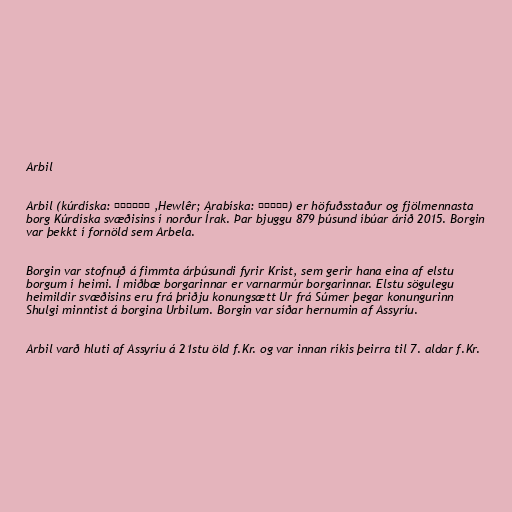
Arbil

Arbil (kúrdíska: ھەولێر ,Hewlêr; Arabíska: أربيل‎) er höfuðsstaður og fjölmennasta
borg Kúrdíska svæðisins í norður Írak. Þar bjuggu 879 þúsund íbúar árið 2015. Borgin
var þekkt í fornöld sem Arbela.

Borgin var stofnuð á fimmta árþúsundi fyrir Krist, sem gerir hana eina af elstu
borgum í heimi. Í miðbæ borgarinnar er varnarmúr borgarinnar. Elstu sögulegu
heimildir svæðisins eru frá þriðju konungsætt Ur frá Súmer þegar konungurinn
Shulgi minntist á borgina Urbilum. Borgin var síðar hernumin af Assyríu.

Arbil varð hluti af Assyríu á 21stu öld f.Kr. og var innan ríkis þeirra til 7. aldar f.Kr.